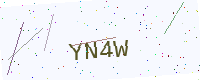
Text: YN4W